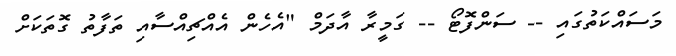
މަސައްކަތުގައި -- ސަންފޮޓޯ -- ގަމީރާ އާދަމް "އެހެން އެއްޗިއްސާއި ތަފާތު ގޮތަކަށް